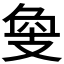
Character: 𢻁